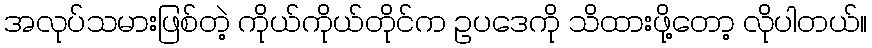
အလုပ်သမားဖြစ်တဲ့ ကိုယ်ကိုယ်တိုင်က ဥပဒေကို သိထားဖို့တော့ လိုပါတယ်။